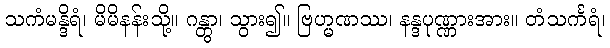
သကံမန္ဒိရံ၊ မိမိနန်းသို့။ ဂန္တွာ၊ သွား၍။ ဗြဟ္မဏဿ၊ နန္ဒပုဏ္ဏားအား။ တံသင်္ကရံ၊